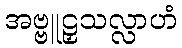
အဗ္ဗူဠှသလ္လာဟံ